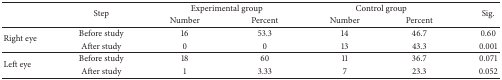
| <ROWSPAN=2>  | <ROWSPAN=2> Step | <COLSPAN=2> Experimental group | <COLSPAN=2> Control group | <ROWSPAN=2> Sig. |
 | Number | Percent | Number | Percent |
 | --- | --- | --- | --- | --- | --- | --- |
 | <ROWSPAN=2> Right eye | Before study | 16 | 53.3 | 14 | 46.7 | 0.60 |
 | After study | 0 | 0 | 13 | 43.3 | 0.001 |
 | <ROWSPAN=2> Left eye | Before study | 18 | 60 | 11 | 36.7 | 0.071 |
 | After study | 1 | 3.33 | 7 | 23.3 | 0.052 |